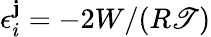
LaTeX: \epsilon_{i}^{\mathbf{j}}=-2W/(R\mathscr{T})